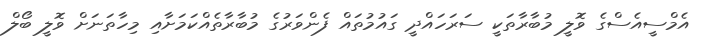
އެމްސީއެސްގެ ވޮލީ މުބާރާތަކީ ސަރަހައްދީ ގައުމުތައް ފެންވަރުގެ މުބާރާތެއްކަމަށާއި މިހާތަނަށް ވޮލީ ބޯލް